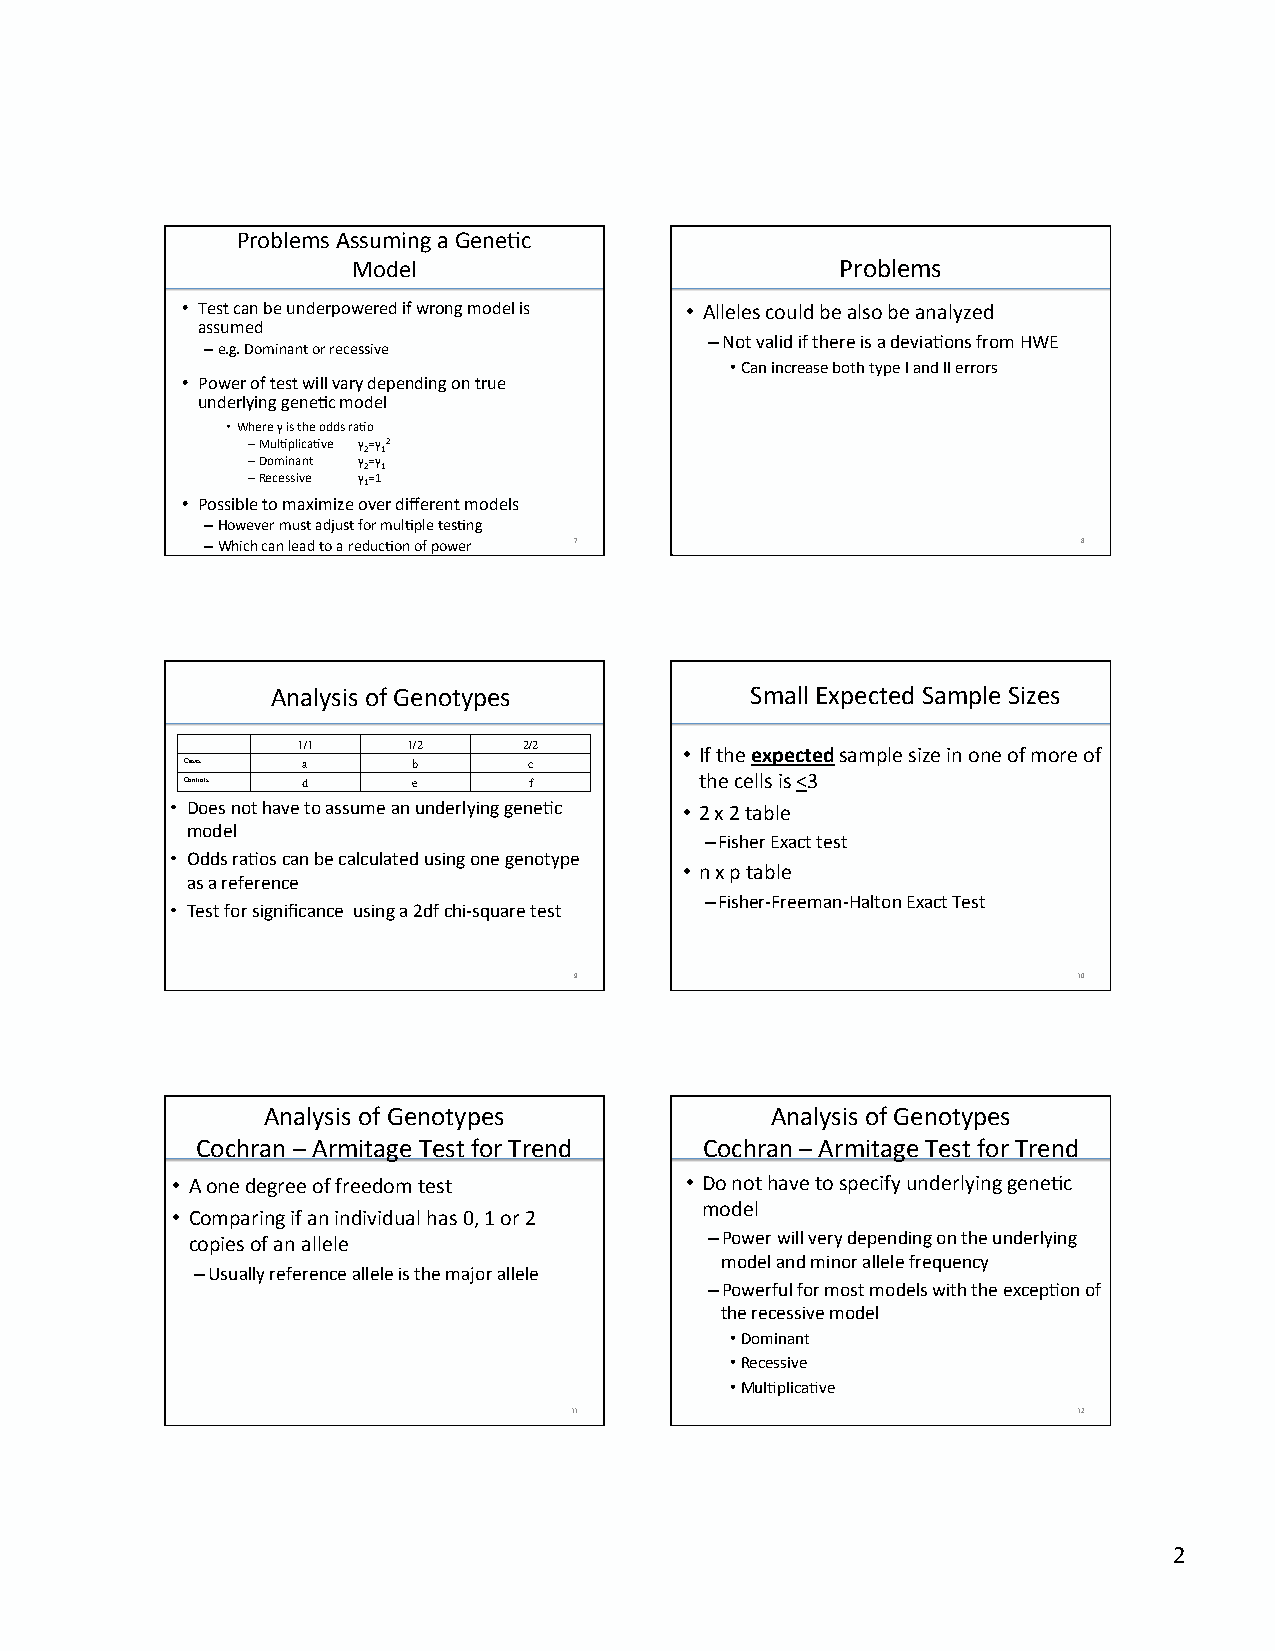
Problems Assuming a Gene<c
 Model                            Problems
 • Test can be underpowered if wrong model is • Alleles could be also be analyzed
 assumed
 – Not valid if there is a devia<ons from HWE
 – e.g. Dominant or recessive
 • Can increase both type I and II errors
 • Power of test will vary depending on true
 underlying gene<c model
 • Where γ is the odds ra<o
 – Mul<plica<ve γ=γ2
 2 1
 – Dominant γ=γ
 2 1
 – Recessive γ=1
 1
 • Possible to maximize over different models
 – However must adjust for mul<ple tes<ng
 – Which can lead to a reduc<on of power 7                  8
 Analysis of Genotypes           Small Expected Sample Sizes
 Cases
 1 a/ 1 1 b/ 2  2 c/ 2    • If the expected sample size in one of more of
 Controls d     e       f          the cells is <3
 • Does not have to assume an underlying gene<c • 2 x 2 table
 model
 – Fisher Exact test
 • Odds ra<os can be calculated using one genotype
 • n x p table
 as a reference
 – Fisher-­‐Freeman-­‐Halton Exact Test
 • Test for significance using a 2df chi-­‐square test
 9                                10
 Analysis of Genotypes             Analysis of Genotypes
 Cochran – Armitage Test for Trend Cochran – Armitage Test for Trend
 • A one degree of freedom test    • Do not have to specify underlying gene<c
 model
 • Comparing if an individual has 0, 1 or 2
 copies of an allele               – Power will very depending on the underlying
 model and minor allele frequency
 – Usually reference allele is the major allele
 – Powerful for most models with the excep<on of
 the recessive model
 • Dominant
 • Recessive
 • Mul<plica<ve
 11                               12
 2